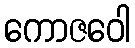
ကောဇဝေါ